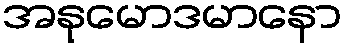
အနုမောဒမာနော